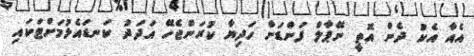
އެއާ އެކު ދެން އޮތީ ނޭޕާލް ފަންޑަށް ހަދިޔާ ކުރަންޖެހޭ އަދަދު ކަނޑައެޅުމަށްޓަކައި